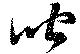
聞